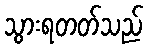
သွားရတတ်သည်